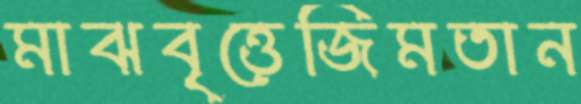
মাঝবৃত্তেজিমতান